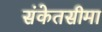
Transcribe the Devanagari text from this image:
संकेतसीमा